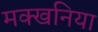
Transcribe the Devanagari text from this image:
मक्खनिया